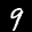
Label: 9